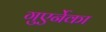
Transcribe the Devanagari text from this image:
गुएर्नेका